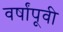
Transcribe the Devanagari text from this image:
वर्षांपूवी